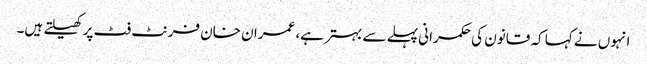
انہوں نے کہا کہ قانون کی حکمرانی پہلے سے بہتر ہے، عمران خان فرنٹ فٹ پر کھیلتے ہیں۔